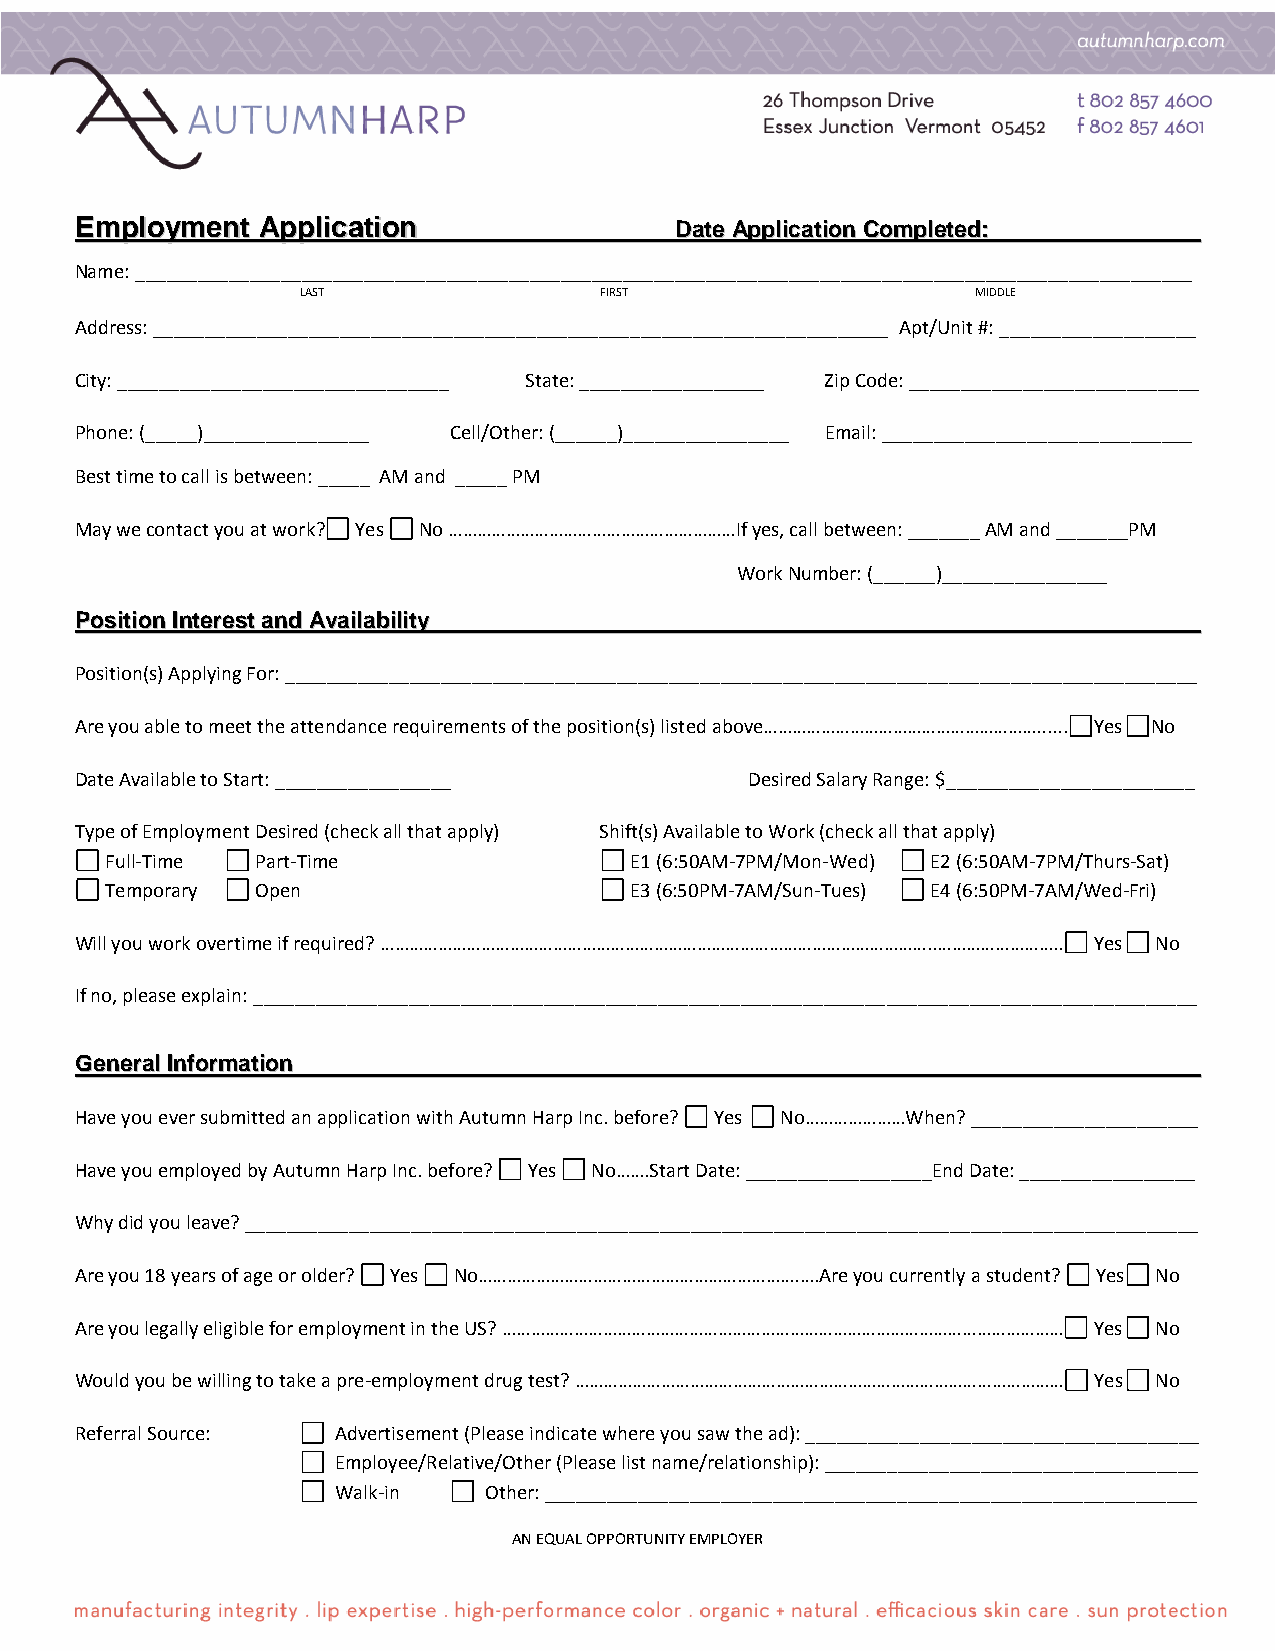
EEmmppllooyymmeenntt AApppplliiccaattiioonn DDaattee AApppplliiccaattiioonn CCoommpplleetteedd::
 Name: ______________________________________________________________________________________________________
 LAST                FIRST                    MIDDLE
 Address: _______________________________________________________________________ Apt/Unit #: ___________________
 City: ________________________________ State: __________________ Zip Code: ____________________________
 Phone: (_____)________________ Cell/Other: (______)________________ Email: ______________________________
 Best time to call is between: _____ AM and _____ PM
 May we contact you at work? Yes No ……………………………………………………If yes, call between: _______ AM and _______PM
 Work Number: (______)________________
 PPoossiittiioonn IInntteerreesstt aanndd AAvvaaiillaabbiilliittyy
 Position(s) Applying For: ________________________________________________________________________________________
 Are you able to meet the attendance requirements of the position(s) listed above…………………………………………………...... Yes No
 Date Available to Start: _________________   Desired Salary Range: $________________________
 Type of Employment Desired (check all that apply) Shift(s) Available to Work (check all that apply)
 Full-Time Part-Time                E1 (6:50AM-7PM/Mon-Wed) E2 (6:50AM-7PM/Thurs-Sat)
 Temporary Open                     E3 (6:50PM-7AM/Sun-Tues) E4 (6:50PM-7AM/Wed-Fri)
 Will you work overtime if required? ……………………………………………………………………………………………………..…………………….. Yes No
 If no, please explain: ___________________________________________________________________________________________
 GGeenneerraall IInnffoorrmmaattiioonn
 Have you ever submitted an application with Autumn Harp Inc. before? Yes No…………………When? ______________________
 Have you employed by Autumn Harp Inc. before? Yes No…….Start Date: __________________End Date: _________________
 Why did you leave? ____________________________________________________________________________________________
 Are you 18 years of age or older? Yes No………………………………………………………….….Are you currently a student? Yes No
 Are you legally eligible for employment in the US? ……………………………………………………………………………………………………… Yes No
 Would you be willing to take a pre-employment drug test? ………………………………………………………………………………………… Yes No
 Referral Source: Advertisement (Please indicate where you saw the ad): ______________________________________
 Employee/Relative/Other (Please list name/relationship): ____________________________________
 Walk-in   Other: _______________________________________________________________
 AN EQUAL OPPORTUNITY EMPLOYER